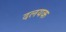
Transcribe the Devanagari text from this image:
दलयक